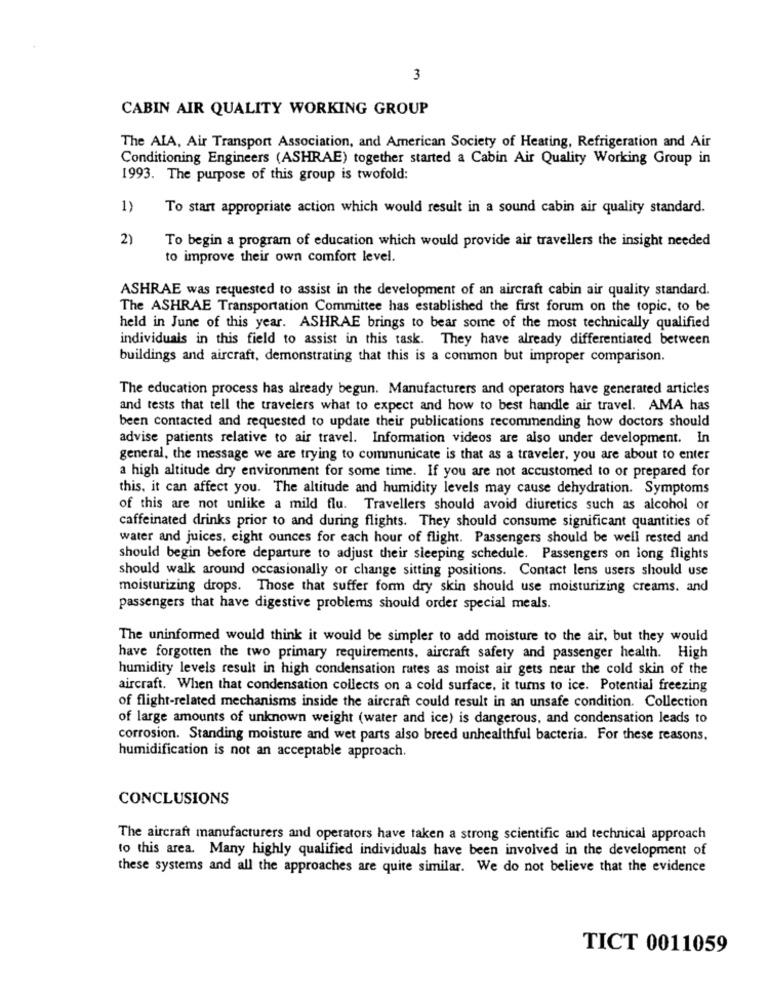
3
CABIN AIR QUALITY WORKING GROUP
The AIA, Air Transport Association, and American Society of Heating, Refrigeration and Air
Conditioning Engineers (ASHRAE) together started a Cabin Air Quality Working Group in
1993. The purpose of this group is twofold:
1)
To start appropriate action which would result in a sound cabin air quality standard.
2)
To begin a program of education which would provide air travellers the insight needed
to improve their own comfort level.
ASHRAE was requested to assist in the development of an aircraft cabin air quality standard.
The ASHRAE Transportation Committee has established the first forum on the topic. to be
held in June of this year. ASHRAE brings to bear some of the most technically qualified
individuals in this field to assist in this task. They have already differentiated between
buildings and aircraft, demonstrating that this is a common but improper comparison.
The education process has already begun. Manufacturers and operators have generated articles
and tests that tell the travelers what to expect and how to best handle air travel. AMA has
been contacted and requested to update their publications recommending how doctors should
advise patients relative to air travel. Information videos are also under development. In
general, the message we are trying to communicate is that as a traveler, you are about to enter
a high altitude dry environment for some time. If you are not accustomed to or prepared for
this, it can affect you. The altitude and humidity levels may cause dehydration. Symptoms
of this are not unlike a mild flu. Travellers should avoid diuretics such as alcohol or
caffeinated drinks prior to and during flights. They should consume significant quantities of
water and juices, eight ounces for each hour of flight. Passengers should be well rested and
should begin before departure to adjust their sleeping schedule. Passengers on long flights
should walk around occasionally or change sitting positions. Contact lens users should use
moisturizing drops. Those that suffer form dry skin should use moisturizing creams. and
passengers that have digestive problems should order special meals.
The uninformed would think it would be simpler to add moisture to the air, but they would
have forgotten the two primary requirements, aircraft safety and passenger health. High
humidity levels result in high condensation rutes as moist air gets near the cold skin of the
aircraft. When that condensation collects on a cold surface, it turns to ice. Potential freezing
of flight-related mechanisms inside the aircraft could result in an unsafe condition. Collection
of large amounts of unknown weight (water and ice) is dangerous, and condensation leads to
corrosion. Standing moisture and wet parts also breed unhealthful bacteria. For these reasons.
humidification is not an acceptable approach.
CONCLUSIONS
The aircraft manufacturers and operators have taken a strong scientific and technical approach
to this area. Many highly qualified individuals have been involved in the development of
these systems and all the approaches are quite similar. We do not believe that the evidence
TICT 0011059